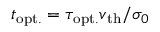
t _ { \mathrm { o p t . } } = \tau _ { \mathrm { o p t . } } v _ { \mathrm { t h } } / \sigma _ { 0 }